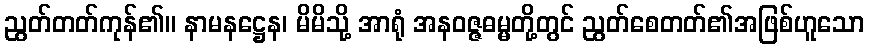
ညွတ်တတ်ကုန်၏။ နာမနဋ္ဌေန၊ မိမိသို့ အာရုံ အနဝဇ္ဇဓမ္မတို့တွင် ညွတ်စေတတ်၏အဖြစ်ဟူသော